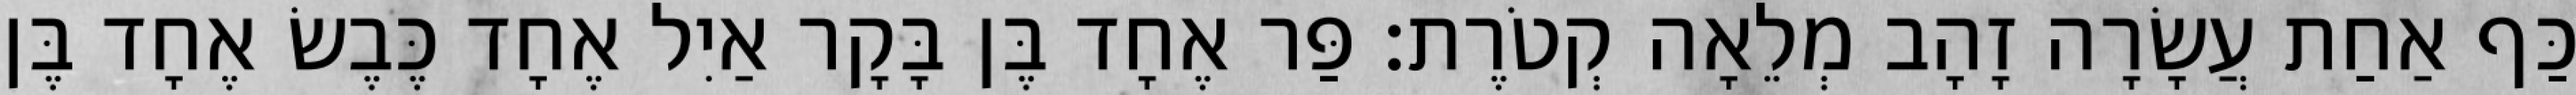
כַּף אַחַת עֲשָׂרָה זָהָב מְלֵאָה קְטֹרֶת׃ פַּר אֶחָד בֶּן בָּקָר אַיִל אֶחָד כֶּבֶשׂ אֶחָד בֶּן